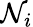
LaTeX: \mathcal{N}_{i}